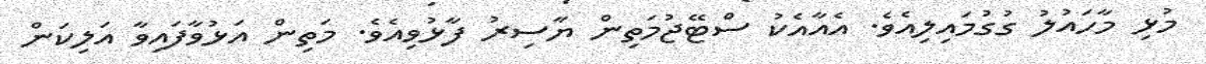
މުޅި މާހައުލު ގުގުމައިލިއެވެ. އެއާއެކު ސްޓޭޖުމަތިން ޔާސިރު ފާޅުވިއެވެ. މަތިން އަޅުވާފައިވާ އަލިކަން